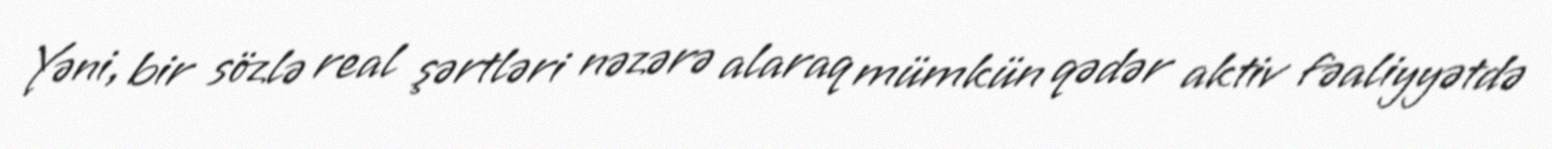
Yəni, bir sözlə real şərtləri nəzərə alaraq mümkün qədər aktiv fəaliyyətdə